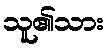
သူ၏သား